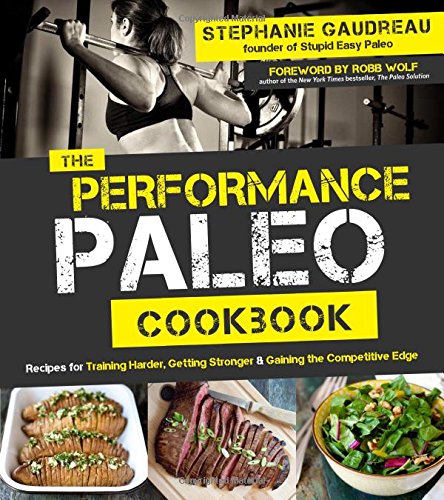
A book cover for The Performance Paleo Cookbook: Recipes for Training Harder, Getting Stronger and Gaining the Competitive Edge; Stephanie Gaudreau; Cookbooks, Food & Wine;